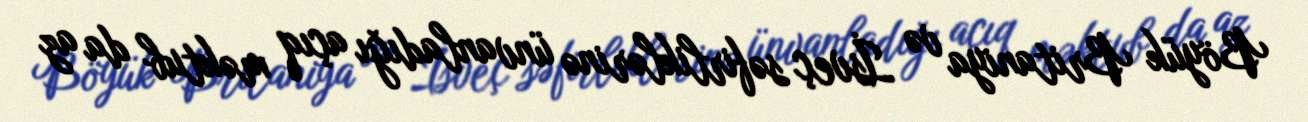
Böyük Britaniya və İsveç səfirliklərinə ünvanladığı açıq məktub da az